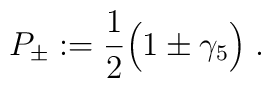
P_\pm := \frac{1}{2} \Big( 1 \pm \gamma_5 \Big) \; .